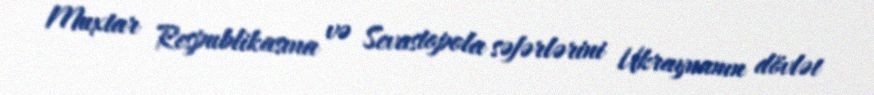
Muxtar Respublikasına və Sevastopola səfərlərini Ukraynanın dövlət